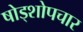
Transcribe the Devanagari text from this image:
षोड्शोपचार